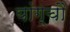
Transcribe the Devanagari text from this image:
यांग्चौ